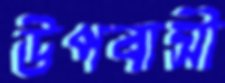
উপবাসী